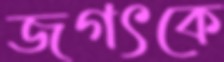
জগৎকে